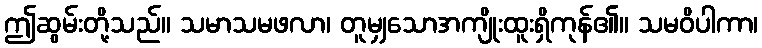
ဤဆွမ်းတို့သည်။ သမာသမဖလာ၊ တူမျှသောအကျိုးထူးရှိကုန်၏။ သမဝိပါကာ၊